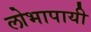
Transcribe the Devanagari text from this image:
लोभापायी